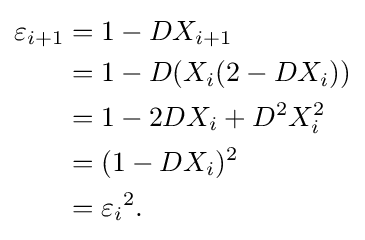
{\begin{aligned}\varepsilon _{i+1}&=1-DX_{i+1}\\&=1-D(X_{i}(2-DX_{i}))\\&=1-2DX_{i}+D^{2}X_{i}^{2}\\&=(1-DX_{i})^{2}\\&={\varepsilon _{i}}^{2}.\\\end{aligned}}